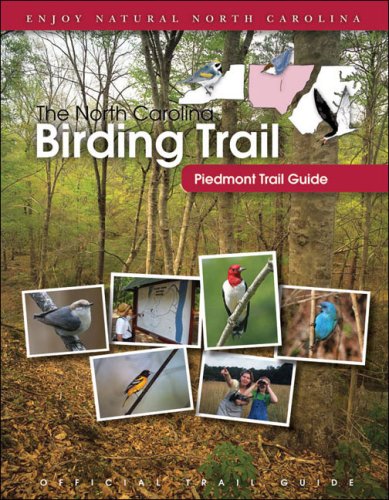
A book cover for The North Carolina Birding Trail: Piedmont Trail Guide; Travel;